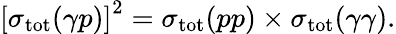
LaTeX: \left[\sigma_{\mathrm{tot}}(\gamma p)\right]^{2}=\sigma_{\mathrm{tot}}(pp)\times\sigma_{\mathrm{tot}}(\gamma\gamma).